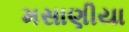
મસાણીયા